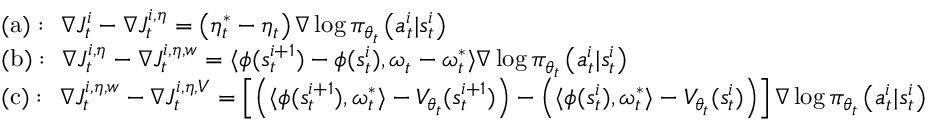
\begin{array} { r l } & { \mathrm { ( a ) : } \ \ \nabla J _ { t } ^ { i } - \nabla J _ { t } ^ { i , \eta } = \left( \eta _ { t } ^ { * } - \eta _ { t } \right) \nabla \log \pi _ { \theta _ { t } } \left( a _ { t } ^ { i } | s _ { t } ^ { i } \right) } \\ & { \mathrm { ( b ) : } \ \ \nabla J _ { t } ^ { i , \eta } - \nabla J _ { t } ^ { i , \eta , w } = \langle \phi ( s _ { t } ^ { i + 1 } ) - \phi ( s _ { t } ^ { i } ) , \omega _ { t } - \omega _ { t } ^ { * } \rangle \nabla \log \pi _ { \theta _ { t } } \left( a _ { t } ^ { i } | s _ { t } ^ { i } \right) } \\ & { \mathrm { ( c ) : } \ \ \nabla J _ { t } ^ { i , \eta , w } - \nabla J _ { t } ^ { i , \eta , V } = \left[ \left( \langle \phi ( s _ { t } ^ { i + 1 } ) , \omega _ { t } ^ { * } \rangle - V _ { \theta _ { t } } ( s _ { t } ^ { i + 1 } ) \right) - \left( \langle \phi ( s _ { t } ^ { i } ) , \omega _ { t } ^ { * } \rangle - V _ { \theta _ { t } } ( s _ { t } ^ { i } ) \right) \right] \nabla \log \pi _ { \theta _ { t } } \left( a _ { t } ^ { i } | s _ { t } ^ { i } \right) } \end{array}